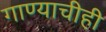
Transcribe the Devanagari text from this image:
गाण्याचीही